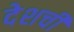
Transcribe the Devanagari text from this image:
देशची